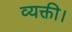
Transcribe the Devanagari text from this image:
व्यक्ती।